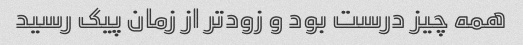
همه چیز درست بود و زودتر از زمان پیک رسید